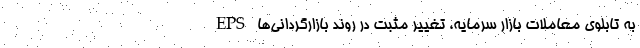
EPS به تابلوی معاملات بازار سرمایه، تغییر مثبت در روند بازارگردانی‌ها